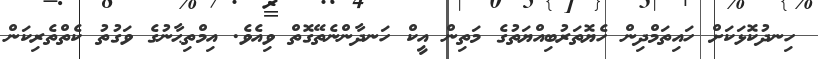
ހިނދުކޮޅަކަށް ހައިތަމްދިން ހެޔޮތަރުބިއްޔަތުގެ މަތިން އީކް ހަނދާންނެތޭގޮތް ވިއެވެ. އިމްތިޙާނުގެ ވަގުތު ކެތްތެރިކަން